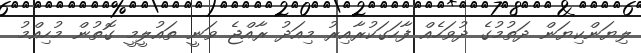
ލިޔަންކިޔަން ދަތުމުގެ ދުވަހެއް ފާހަގަކުރާއިރު މިއަދު ރާއްޖެ ވަނީ ތައުލީމީ ގޮތުން މުހިއްމު